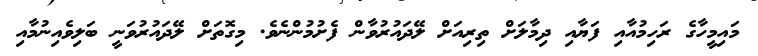
މައިމީހާގެ ރަހިމުއާއި ފަޔާއި ދިމާލަށް ތިރިއަށް ލޭދައުރުވާން ފެށުމުންނެވެ. މިގޮތަށް ލޭދައުރުވަނީ ބަލިވެއިނުމާއި